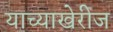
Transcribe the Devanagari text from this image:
याच्याखेरीज